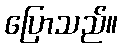
ပြောသည်။